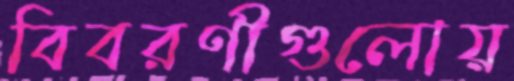
বিবরণীগুলোয়